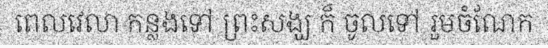
ពេលវេលា កន្លងទៅ ព្រះសង្ឃ ក៏ ចូលទៅ រួមចំណែក